kultuurilooline_kollektsioon, lk 18
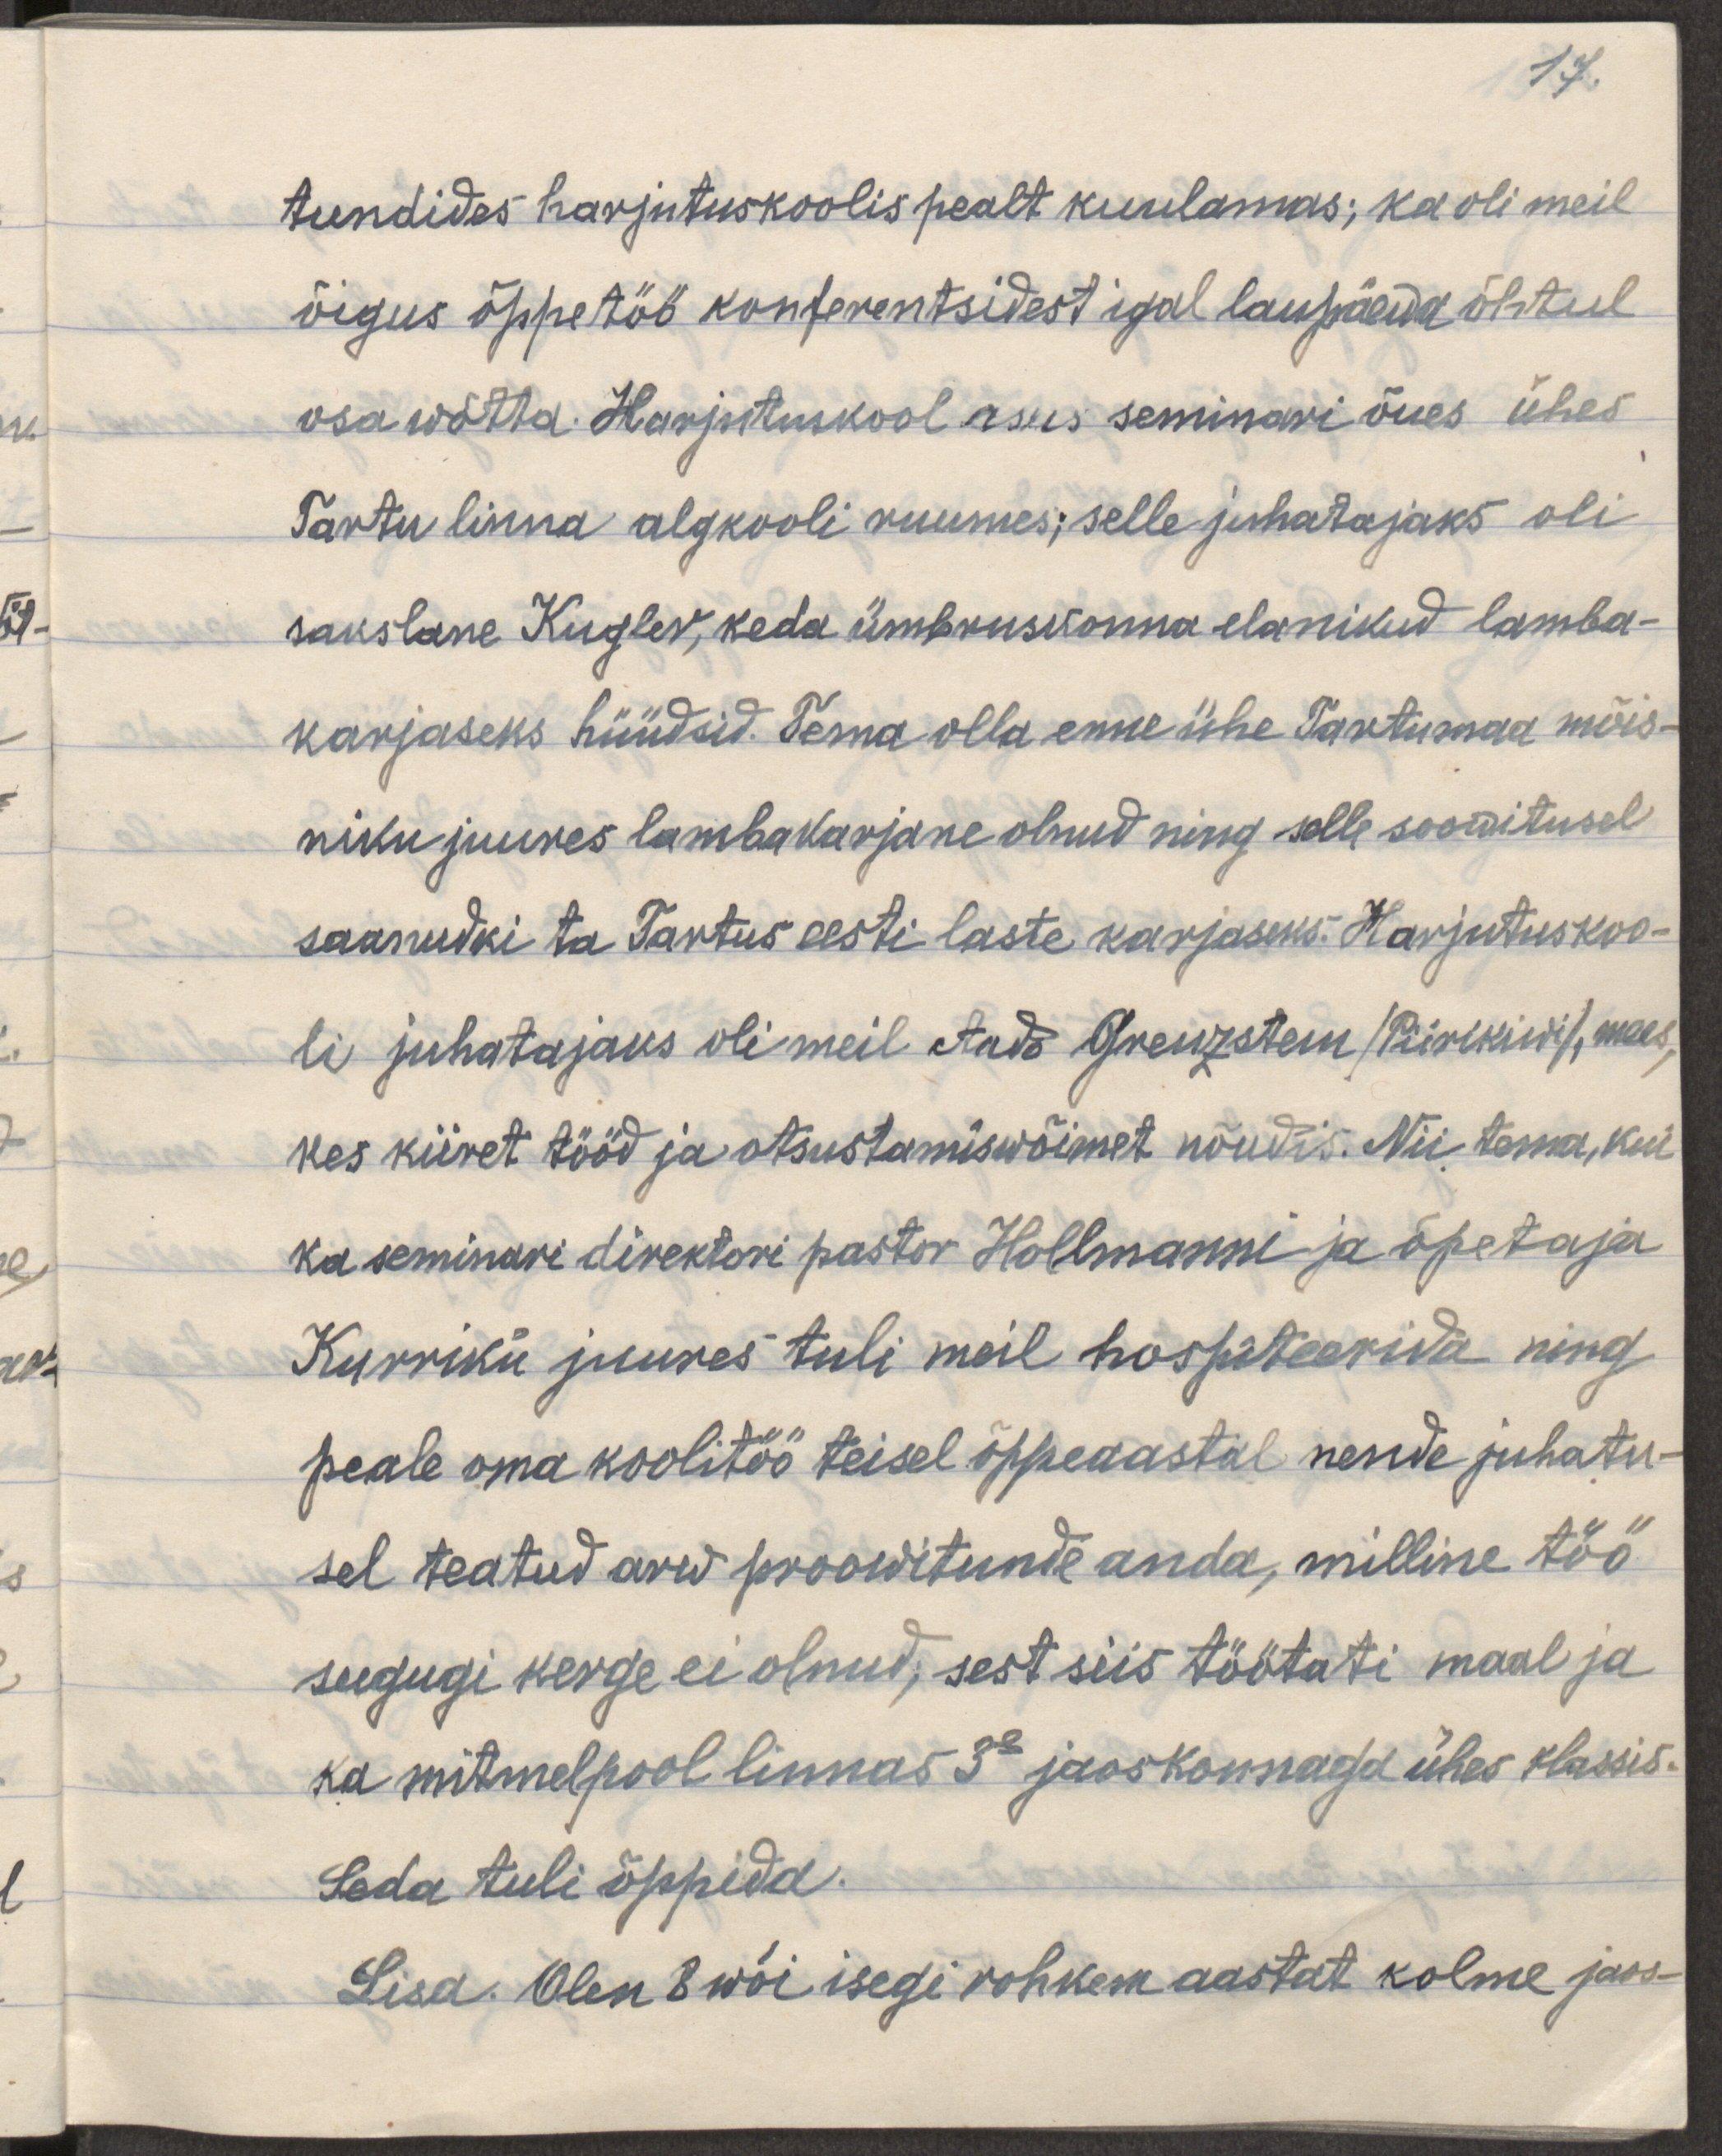
17.
tundides harjutuskoolis pealt kuulamas; ka oli meil
õigus õppetöö konferentsidest igal laupäeva õhtul
osa wõtta. Harjutuskool asus siis seminari õues ühes
Tartu linna algkooli ruumes; selle juhatajaks oli
sakslane Kuglev, keda ümbruskonna elanikud lamba-
karjaseks hüüdsid. Tema olla enne ühe Tartumaa mõis-
niku juures lambakarjane olnud ning selle soowitusel
saanudki ta Tartus eesti laste karjaseks. Harjutuskoo-
li juhatajaks oli meil Aado Grenzstein /Piirikivi/, mees,
kes kiiret tööd ja otsustamiswõimet nõudis. Nii tema, kui
ka seminari direktori pastor Hollmanni ja õpetaja
Kurriku juures tuli meil hospideerida ning
peale oma koolitöö teisel õppeaastal nende juhatu-
sel teatud arv proowitunde anda, milline töö
sugugi kerge ei olnud, sest siis töötati maal ja
ka mitmel pool linnas 3s jaos korraga ühes klassis.
Seda tuli õppida
Lisa. Olen 8 wõi isegi rohkem aastat kolme jaos-